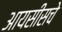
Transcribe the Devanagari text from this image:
आयसीसचे